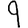
Digit: 9